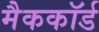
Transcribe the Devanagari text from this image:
मैककॉर्ड